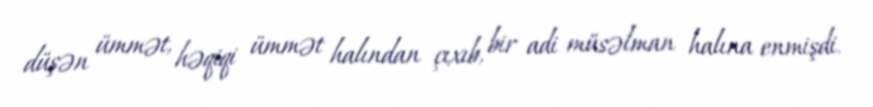
düşən ümmət, həqiqi ümmət halından çıxıb, bir adi müsəlman halına enmişdi.